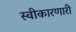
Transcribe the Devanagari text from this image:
स्वीकारणारी